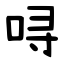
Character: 㖊